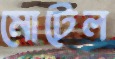
মোটেল